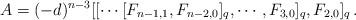
LaTeX: \begin{align*}A&=(-d)^{n-3}[[\cdots [F_{n-1,1},F_{n-2,0}]_{q},\cdots,F_{3,0}]_{q},F_{2,0}]_{q}\,.\end{align*}